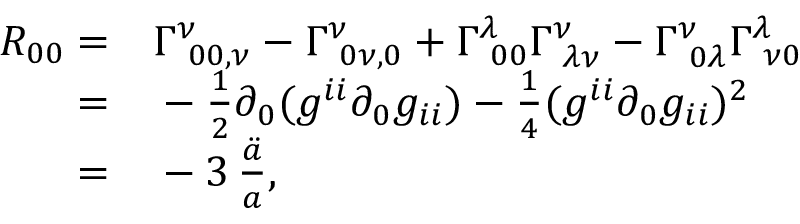
\begin{array} { r l } { R _ { 0 0 } = } & { { } \Gamma _ { \, \, \, 0 0 , \nu } ^ { \nu } - \Gamma _ { \, \, \, 0 \nu , 0 } ^ { \nu } + \Gamma _ { \, \, \, 0 0 } ^ { \lambda } \Gamma _ { \, \, \, \lambda \nu } ^ { \nu } - \Gamma _ { \, \, \, 0 \lambda } ^ { \nu } \Gamma _ { \, \, \, \nu 0 } ^ { \lambda } } \\ { = } & { { } - \frac { 1 } { 2 } \partial _ { 0 } ( g ^ { i i } \partial _ { 0 } g _ { i i } ) - \frac { 1 } { 4 } ( g ^ { i i } \partial _ { 0 } g _ { i i } ) ^ { 2 } } \\ { = } & { { } - 3 \, \frac { \ddot { a } } { a } , } \end{array}